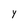
Character: Y